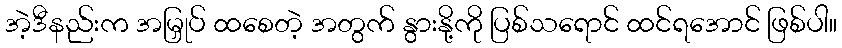
အဲ့ဒီနည်းက အမြှုပ် ထစေတဲ့ အတွက် နွားနို့ကို ပြစ်သရောင် ထင်ရအောင် ဖြစ်ပါ။